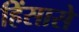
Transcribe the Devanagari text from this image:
हिंसासे